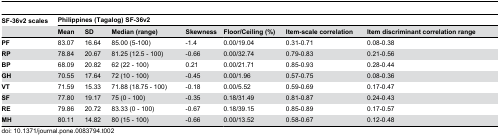
| SF-36v2 scales | <COLSPAN=7> Philippines (Tagalog) SF-36v2 |
 |  | Mean | SD | Median (range) | Skewness | Floor/Ceiling (%) | Item-scale correlation | Item discriminant correlation range |
 | --- | --- | --- | --- | --- | --- | --- | --- |
 | PF | 83.07 | 16.64 | 85.00 (5-100) | -1.4 | 0.00/19.04 | 0.31-0.71 | 0.08-0.38 |
 | RP | 78.84 | 20.67 | 81.25 (12.5 - 100) | -0.66 | 0.00/32.74 | 0.79-0.83 | 0.21-0.56 |
 | BP | 68.09 | 20.82 | 62 (22 - 100) | 0.21 | 0.00/21.71 | 0.85-0.93 | 0.28-0.44 |
 | GH | 70.55 | 17.64 | 72 (10 - 100) | -0.45 | 0.00/1.96 | 0.57-0.75 | 0.08-0.36 |
 | VT | 71.59 | 15.33 | 71.88 (18.75 - 100) | -0.18 | 0.00/5.52 | 0.59-0.69 | 0.17-0.47 |
 | SF | 77.80 | 19.17 | 75 (0 - 100) | -0.35 | 0.18/31.49 | 0.81-0.87 | 0.24-0.43 |
 | RE | 79.86 | 20.72 | 83.33 (0 - 100) | -0.67 | 0.18/39.15 | 0.85-0.89 | 0.17-0.57 |
 | MH | 80.11 | 14.82 | 80 (15 - 100) | -0.66 | 0.00/13.52 | 0.58-0.67 | 0.12-0.48 |